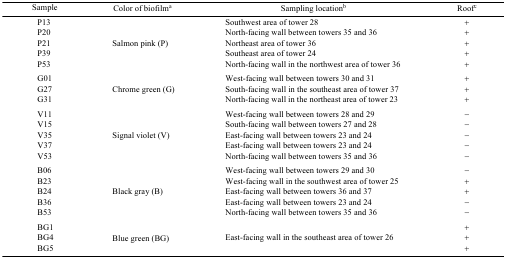
<table><thead><tr><td><b>Sample</b></td><td><b>Color of biofilma</b></td><td><b>Sampling locationb</b></td><td><b>Roofc</b></td></tr></thead><tbody><tr><td>P13</td><td rowspan="5">Salmon pink (P)</td><td>Southwest area of tower 28</td><td>+</td></tr><tr><td>P20</td><td>North-facing wall between towers 35 and 36</td><td>+</td></tr><tr><td>P21</td><td>Northeast area of tower 36</td><td>+</td></tr><tr><td>P39</td><td>Southeast area of tower 24</td><td>+</td></tr><tr><td>P53</td><td>North-facing wall in the northwest area of tower 36</td><td>+</td></tr><tr><td>G01</td><td rowspan="3">Chrome green (G)</td><td>West-facing wall between towers 30 and 31</td><td>+</td></tr><tr><td>G27</td><td>South-facing wall in the southeast area of tower 37</td><td>+</td></tr><tr><td>G31</td><td>North-facing wall in the northeast area of tower 23</td><td>+</td></tr><tr><td>V11</td><td rowspan="5">Signal violet (V)</td><td>West-facing wall between towers 28 and 29</td><td>−</td></tr><tr><td>V15</td><td>South-facing wall between towers 27 and 28</td><td>−</td></tr><tr><td>V35</td><td>East-facing wall between towers 23 and 24</td><td>−</td></tr><tr><td>V37</td><td>East-facing wall between towers 23 and 24</td><td>−</td></tr><tr><td>V53</td><td>North-facing wall between towers 35 and 36</td><td>−</td></tr><tr><td>B06</td><td rowspan="5">Black gray (B)</td><td>West-facing wall between towers 29 and 30</td><td>−</td></tr><tr><td>B23</td><td>West-facing wall in the southwest area of tower 25</td><td>+</td></tr><tr><td>B24</td><td>East-facing wall between towers 36 and 37</td><td>+</td></tr><tr><td>B36</td><td>East-facing wall between towers 23 and 24</td><td>−</td></tr><tr><td>B53</td><td>North-facing wall between towers 35 and 36</td><td>−</td></tr><tr><td>BG1</td><td rowspan="3">Blue green (BG)</td><td>[EMPTY_CELL]</td><td>+</td></tr><tr><td>BG4</td><td>East-facing wall in the southeast area of tower 26</td><td>+</td></tr><tr><td>BG5</td><td>[EMPTY_CELL]</td><td>+</td></tr></tbody></table>